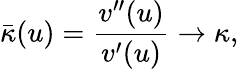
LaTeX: \bar{\kappa}(u)=\frac{v^{\prime\prime}(u)}{v^{\prime}(u)}\rightarrow\kappa,